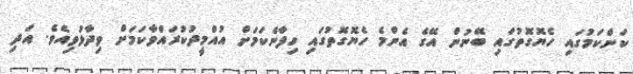
ކަންކަމުގައި ހެޔޮގޮތުގައި ބޭނުން އޭގެ އެންމެ ހެޔޮގޮތުގައި ހިފާނެކަމަށް އުއްމީދުކުރައްވާކަމަށް ވިދާޅުވިއެވެ. އަދި